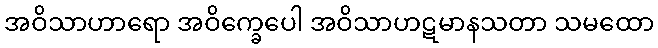
အဝိသာဟာရော အဝိက္ခေပေါ အဝိသာဟဋမာနသတာ သမထော